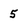
Character: 5